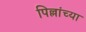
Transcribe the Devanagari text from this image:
पिल्लांच्या